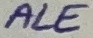
Text: ALE